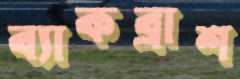
ব্যাকব্রাশ